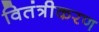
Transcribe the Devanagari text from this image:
वितंत्रीकरण